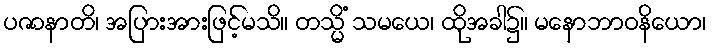
ပဇာနာတိ၊ အပြားအားဖြင့်မသိ။ တသ္မိံ သမယေ၊ ထိုအခါ၌။ မနောဘာဝနိယော၊